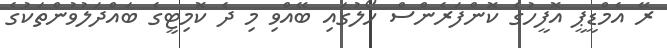
ރޭ އެމްޑީޕީ އޮފީހުގެ ކޮންފަރެންސް ހޯލުގައި ބޭއްވި މި ދެ ކޮމިޓީގެ ބައްދަލުވުންތަކުގެ